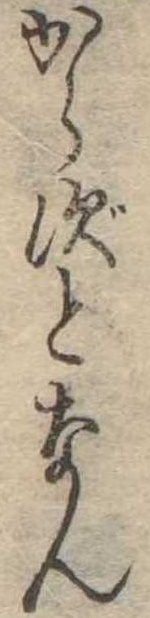
からずとなん